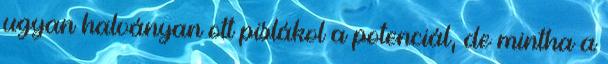
ugyan halványan ott pislákol a potenciál, de mintha a